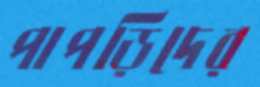
পাপড়িদের